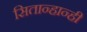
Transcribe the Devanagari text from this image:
सितान्हान्ही